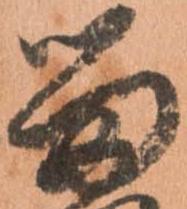
留